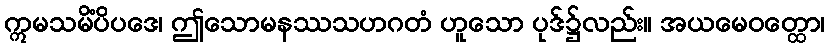
ဣမသမိံပိပဒေ၊ ဤသောမနဿသဟဂတံ ဟူသော ပုဒ်၌လည်း။ အယမေဝတ္ထော၊